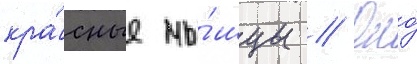
кра́сные мы́шцы // Оно́